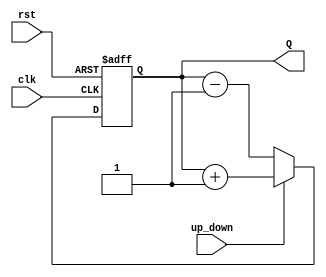
module up_down_counter #(
    parameter N = 4  // Parameter for the width of the counter (number of bits)
)(
    input wire clk,          // Clock input
    input wire rst,          // Asynchronous reset input
    input wire up_down,      // Up/Down control signal
    output reg [N-1:0] Q     // Counter output
);

    // Asynchronous reset and counting logic
    always @(posedge clk or posedge rst) begin
        if (rst) begin
            Q <= 0;  // Reset the counter to zero
        end else begin
            if (up_down) begin
                Q <= Q + 1;  // Increment the counter
            end else begin
                Q <= Q - 1;  // Decrement the counter
            end
        end
    end

endmodule